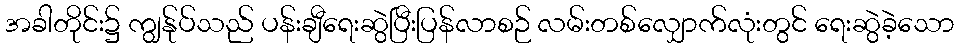
အခါတိုင်း၌ ကျွန်ုပ်သည် ပန်းချီရေးဆွဲပြီးပြန်လာစဉ် လမ်းတစ်လျှောက်လုံးတွင် ရေးဆွဲခဲ့သော